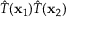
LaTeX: { \hat { T } } ( \mathbf { x } _ { 1 } ) { \hat { T } } ( \mathbf { x } _ { 2 } )